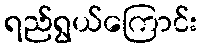
ရည်ရွယ်ကြောင်း